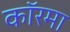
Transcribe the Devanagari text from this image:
कॉरमा